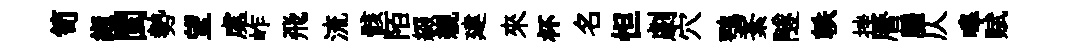
笥縆閩勢望處岞飛流骸陌綴親建來杯名怛劇穴鶚紊隧軼挫曆牖仄嗥赋